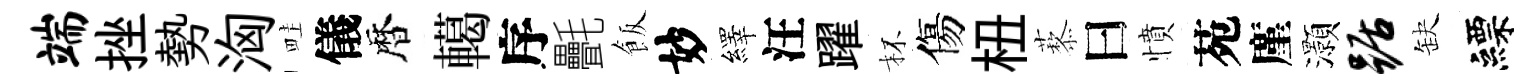
端挫勢洶畦儀暦轕序㲲飯妙繹汪躍杯傷杻藜曰憤苑廑灝踞缺縹